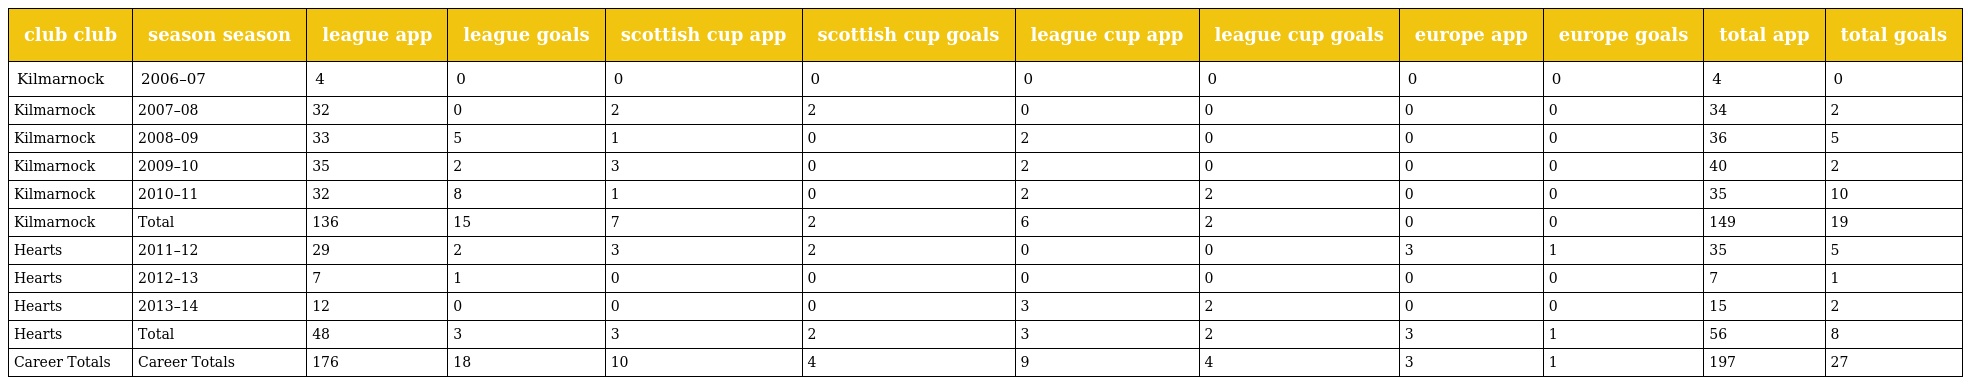
| club club | season season | league app | league goals | scottish cup app | scottish cup goals | league cup app | league cup goals | europe app | europe goals | total app | total goals |
 | --- | --- | --- | --- | --- | --- | --- | --- | --- | --- | --- | --- |
 | Kilmarnock | 2006–07 | 4 | 0 | 0 | 0 | 0 | 0 | 0 | 0 | 4 | 0 |
 | Kilmarnock | 2007–08 | 32 | 0 | 2 | 2 | 0 | 0 | 0 | 0 | 34 | 2 |
 | Kilmarnock | 2008–09 | 33 | 5 | 1 | 0 | 2 | 0 | 0 | 0 | 36 | 5 |
 | Kilmarnock | 2009–10 | 35 | 2 | 3 | 0 | 2 | 0 | 0 | 0 | 40 | 2 |
 | Kilmarnock | 2010–11 | 32 | 8 | 1 | 0 | 2 | 2 | 0 | 0 | 35 | 10 |
 | Kilmarnock | Total | 136 | 15 | 7 | 2 | 6 | 2 | 0 | 0 | 149 | 19 |
 | Hearts | 2011–12 | 29 | 2 | 3 | 2 | 0 | 0 | 3 | 1 | 35 | 5 |
 | Hearts | 2012–13 | 7 | 1 | 0 | 0 | 0 | 0 | 0 | 0 | 7 | 1 |
 | Hearts | 2013–14 | 12 | 0 | 0 | 0 | 3 | 2 | 0 | 0 | 15 | 2 |
 | Hearts | Total | 48 | 3 | 3 | 2 | 3 | 2 | 3 | 1 | 56 | 8 |
 | Career Totals | Career Totals | 176 | 18 | 10 | 4 | 9 | 4 | 3 | 1 | 197 | 27 |